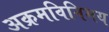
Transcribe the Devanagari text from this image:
अक्रमविनिमय